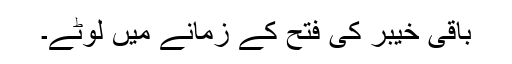
باقی خیبر کی فتح کے زمانے میں لوٹے۔